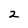
Character: 2